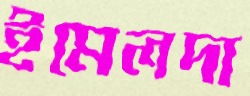
ইমেলদা